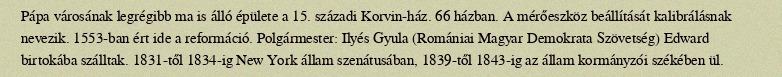
Pápa városának legrégibb ma is álló épülete a 15. századi Korvin-ház. 66 házban. A mérőeszköz beállítását kalibrálásnak nevezik. 1553-ban ért ide a reformáció. Polgármester: Ilyés Gyula (Romániai Magyar Demokrata Szövetség) Edward birtokába szálltak. 1831-től 1834-ig New York állam szenátusában, 1839-től 1843-ig az állam kormányzói székében ül.